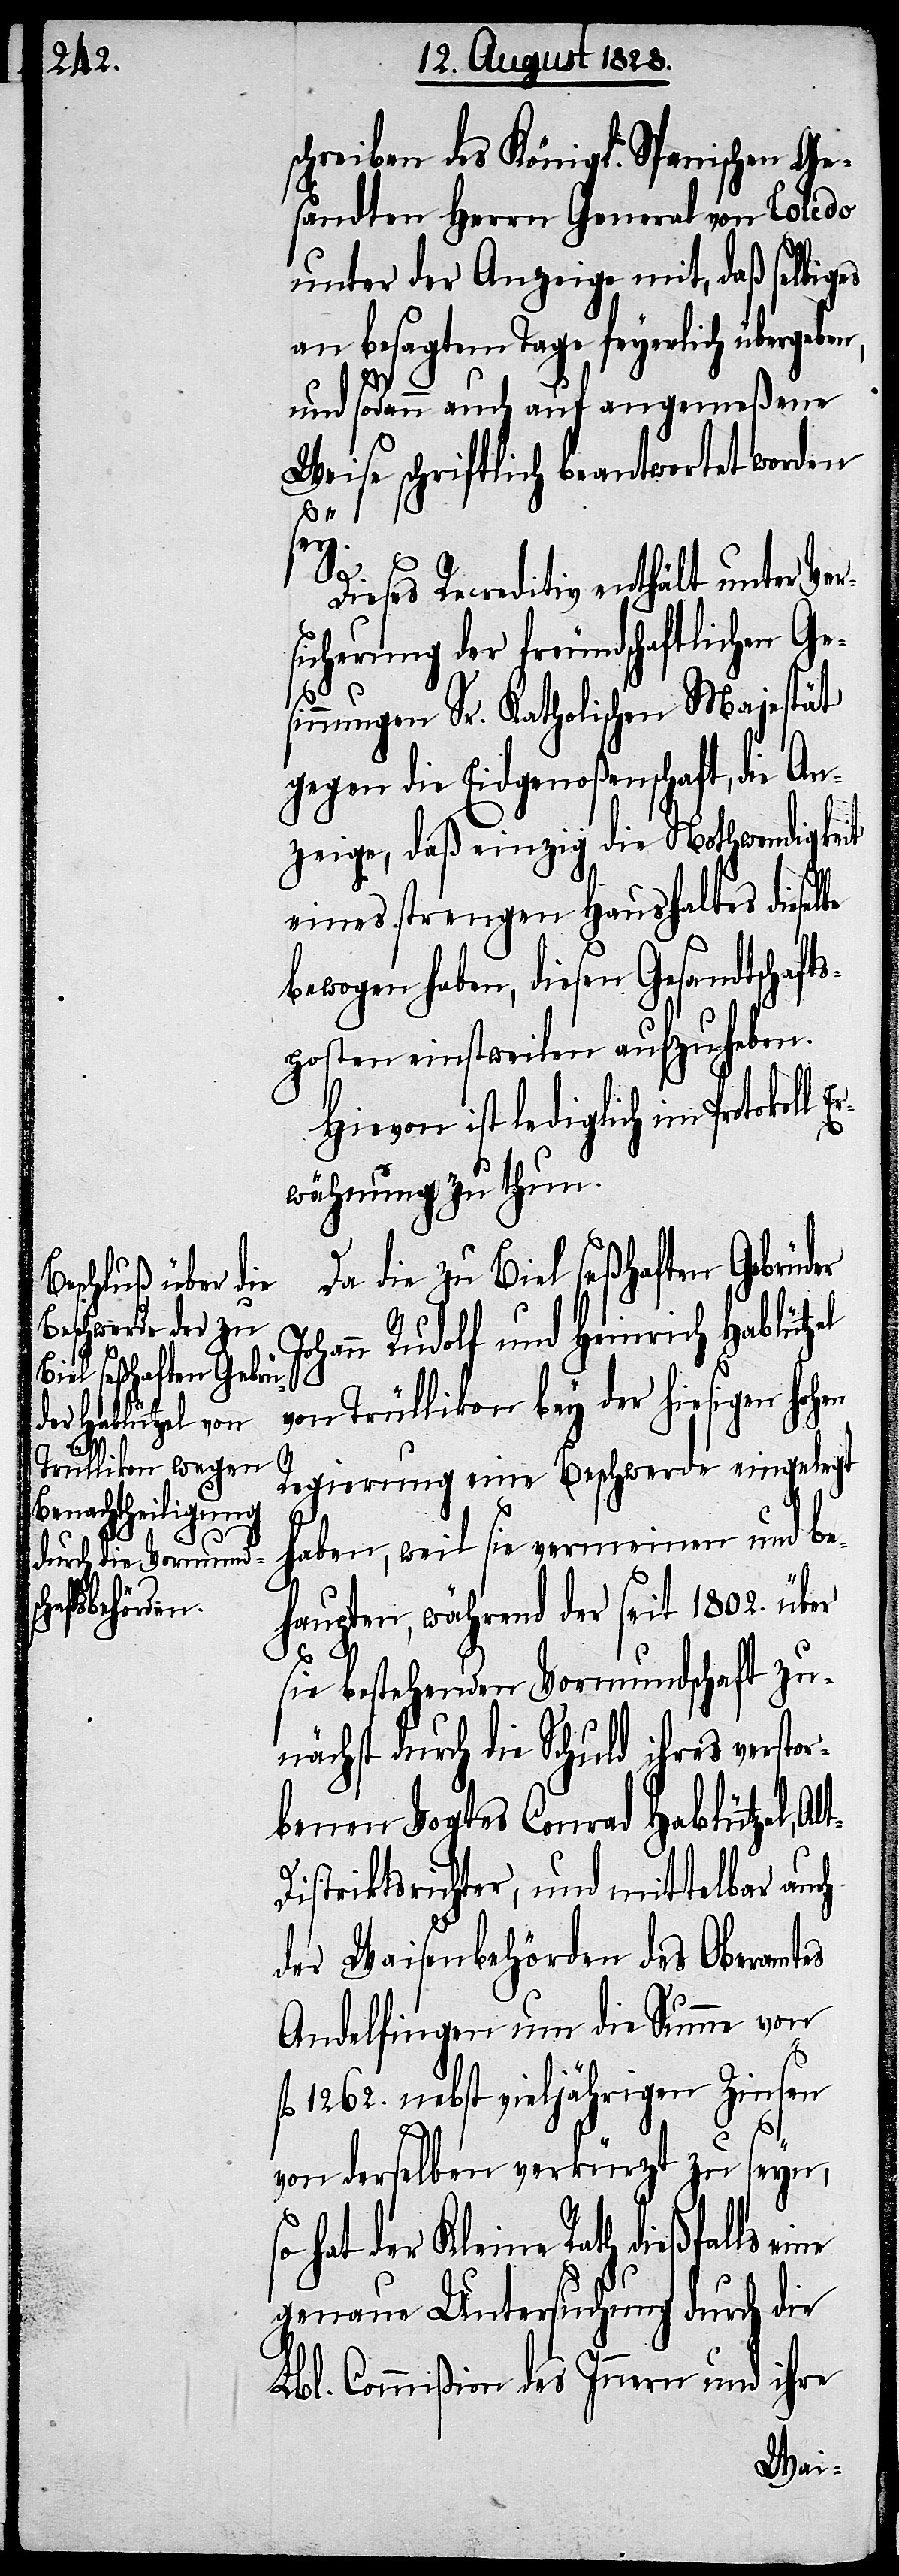
schreiben des Königl. Spanischen Ge¬
sandten Herrn General von Toledo
unter der Anzeige mit, daß selbiges
an besagtem Tage feyerlich übergeben,
und sodann auch auf angemeßene
Weise schriftlich beantwortet worden
en
f¬
t-D¬
Dieses Recreditiv enthält unter Ver¬
sicherung der freundschaftlichen Ge¬
sinnungen Sr. Katholischen Majestät
gegen die Eidgenoßenschaft, die An¬
zeige, daß einzig die Nothwendigkeit
eines strengen Haushaltes dieselbe
bewogen haben, diesen Gesandtschaft¬
sposten einstweilen aufzuheben.
Hievon ist lediglich im Protokoll
wähnung zu thun.
Da die zu Biel seßhaften Gebrüder
Johann Rudolf und Heinrich Hablützel
von Trüllikon bey der hiesigen hoh¬
Regierung eine Beschwerde eingelegt
haben, weil sie verneinen und be¬
haupten, während der seit 1802. über
sie bestehenden Vormundschaft zu¬
nächst durch die Schuld ihres verstor¬
benen Vogtes Conrad Hablützel, Al¬
istriktsrichter, und mittelbar auch
der Waisenbehörden des Oberamtes
Andelfingen um die Summe von
l. 1262. nebst vieljährigen Zinsen
von derselben verkürzt zu seyn,
hat der Kleine Rath dießfalls
genaue Untersuchung durch die
Lbl. Commißion des Innern und ihre